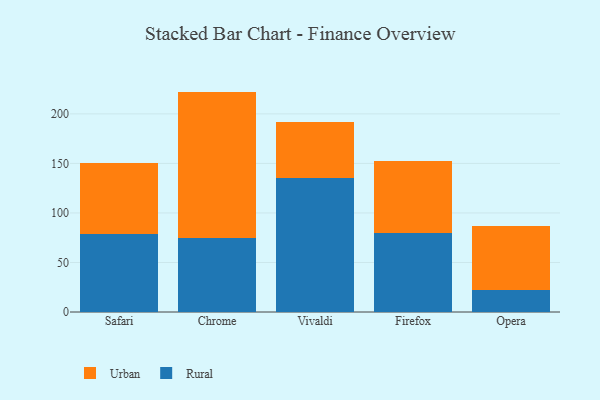
{"axis": {"x": "Browser", "y": "Tickets Resolved"}, "legend": ["Rural", "Urban"], "data": [{"x": "Safari", "y": 78.9, "type": "Rural"}, {"x": "Safari", "y": 71.8, "type": "Urban"}, {"x": "Chrome", "y": 74.5, "type": "Rural"}, {"x": "Chrome", "y": 148.0, "type": "Urban"}, {"x": "Vivaldi", "y": 135.1, "type": "Rural"}, {"x": "Vivaldi", "y": 56.7, "type": "Urban"}, {"x": "Firefox", "y": 79.6, "type": "Rural"}, {"x": "Firefox", "y": 72.4, "type": "Urban"}, {"x": "Opera", "y": 22.7, "type": "Rural"}, {"x": "Opera", "y": 64.0, "type": "Urban"}]}